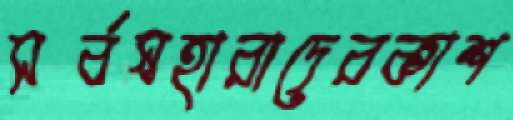
সর্বস্বহারাদেরকাশ